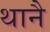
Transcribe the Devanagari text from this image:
थानै